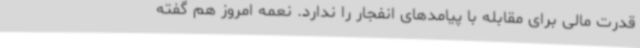
قدرت مالی برای مقابله با پیامدهای انفجار را ندارد. نعمه امروز هم گفته